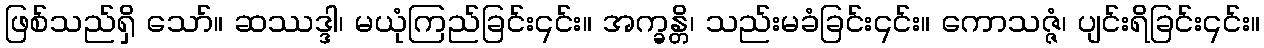
ဖြစ်သည်ရှိ သော်။ ဆဿဒ္ဒါ၊ မယုံကြည်ခြင်း၎င်း။ အက္ခန္တိ၊ သည်းမခံခြင်း၎င်း။ ကောသဇ္ဇံ၊ ပျင်းရိခြင်း၎င်း။